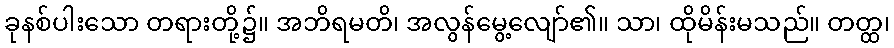
ခုနစ်ပါးသော တရားတို့၌။ အဘိရမတိ၊ အလွန်မွေ့လျော်၏။ သာ၊ ထိုမိန်းမသည်။ တတ္ထ၊